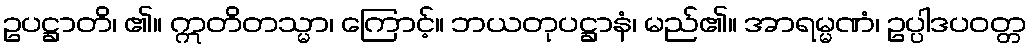
ဥပဋ္ဌာတိ၊ ၏။ ဣတိတသ္မာ၊ ကြောင့်။ ဘယတုပဋ္ဌာနံ၊ မည်၏။ အာရမ္မဏံ၊ ဥပ္ပါဒပဝတ္တ